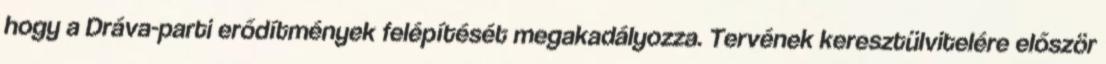
hogy a Dráva-parti erődítmények felépítését megakadályozza. Tervének keresztülvitelére először